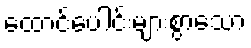
ထောင်ပေါင်းများစွာသော